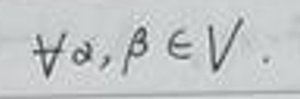
$\forall \alpha,\beta\in V.$